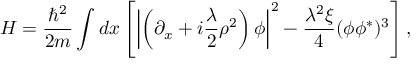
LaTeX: H = \frac { \hbar ^ { 2 } } { 2 m } \int d x \left[ \left| \left( \partial _ { x } + i { \frac { \lambda } { 2 } } \rho ^ { 2 } \right) \phi \right| ^ { 2 } - \frac { \lambda ^ { 2 } \xi } { 4 } ( \phi \phi ^ { * } ) ^ { 3 } \right] ,